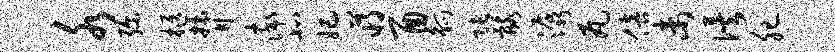
水弥柩膂率北妃蒋酉觚张髂潺瓦倍未俟肥